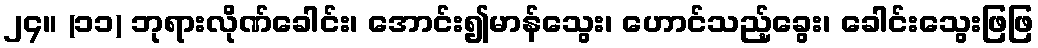
၂၄။ (၁၁) ဘုရားလိုဏ်ခေါင်း၊ အောင်း၍မာန်သွေး၊ ဟောင်သည့်ခွေး၊ ခေါင်းသွေးဖြဖြ